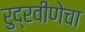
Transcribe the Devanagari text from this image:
रुद्रवीणेचा